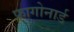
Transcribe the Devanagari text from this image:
फ्रागोनार्ड